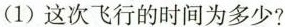
(1)这次飞行的时间为多少?